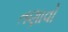
તણાવો